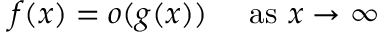
f ( x ) = o ( g ( x ) ) \quad { \mathrm { ~ a s ~ } } x \to \infty